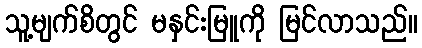
သူ့မျက်စိတွင် မနှင်းမြူကို မြင်လာသည်။